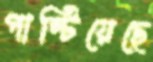
পাল্টিয়েছে